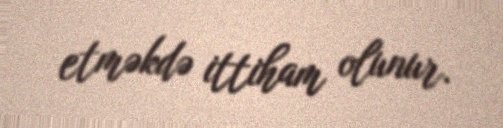
etməkdə ittiham olunur.